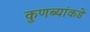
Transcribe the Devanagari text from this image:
कुणब्यांकडे